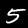
Label: 5